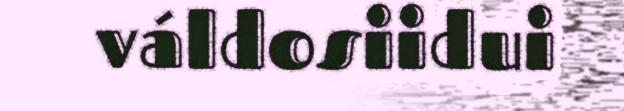
váldosiidui